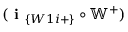
( \textbf { i } _ { \{ W 1 i + \} } \circ \mathbb { W } ^ { + } )